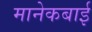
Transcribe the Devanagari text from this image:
मानेकबाई